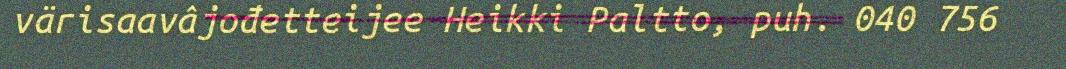
värisaavâjođetteijee Heikki Paltto, puh. 040 756